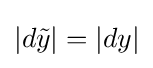
|d{\tilde {y}}|=|dy|